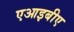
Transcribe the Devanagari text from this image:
एआइबीए